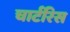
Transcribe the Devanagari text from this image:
चार्टरिस